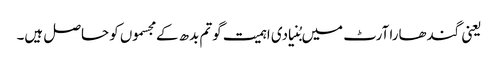
یعنی گندھارا آرٹ میں بُنیادی اہمیت گوتم بدھ کے مجسموں کو حاصل ہیں۔